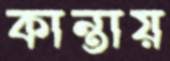
কান্তায়